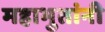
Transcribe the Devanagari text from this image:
महाभुतांनी